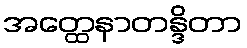
အတ္ထေနာတန္ဒိတာ